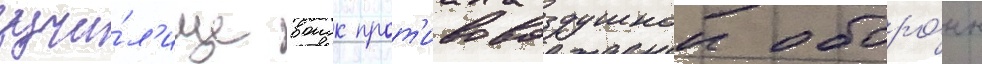
учи́л'ище воиск прот'ивовоздушнои оборо́ны